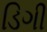
ડિગી